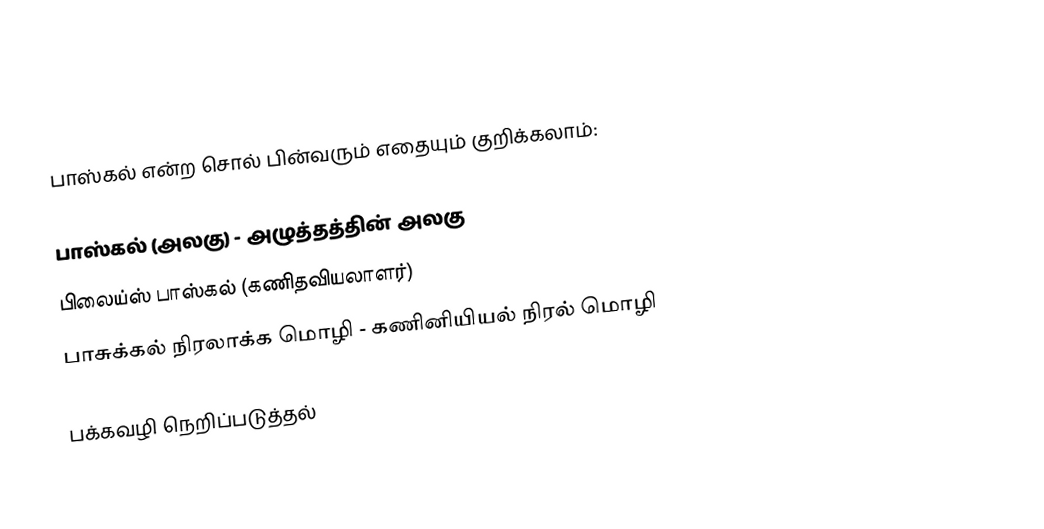
பாஸ்கல் என்ற சொல் பின்வரும் எதையும் குறிக்கலாம்:

 பாஸ்கல் (அலகு) - அழுத்தத்தின் அலகு
 பிலைய்ஸ் பாஸ்கல் (கணிதவியலாளர்)
 பாசுக்கல் நிரலாக்க மொழி - கணினியியல் நிரல் மொழி

பக்கவழி நெறிப்படுத்தல்